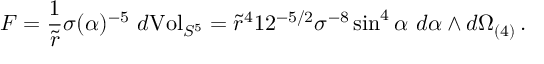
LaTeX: F = \frac { 1 } { \tilde { r } } \sigma ( \alpha ) ^ { - 5 } \ d \mathrm { V o l } _ { S ^ { 5 } } = \tilde { r } ^ { 4 } 1 2 ^ { - 5 / 2 } \sigma ^ { - 8 } \sin ^ { 4 } \alpha \ d \alpha \wedge d \Omega _ { ( 4 ) } \, .